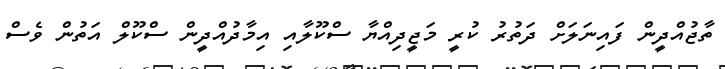
ތާޖުއްދީން ފައިނަލަށް ދަތުރު ކުރީ މަޖީދިއްޔާ ސްކޫލާއި އިމާދުއްދީން ސްކޫލް އަތުން ވެސް